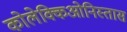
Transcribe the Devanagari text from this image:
कोलेक्किओनिस्तास